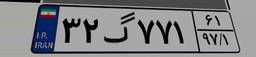
۳۲گ۷۷۱۶۱